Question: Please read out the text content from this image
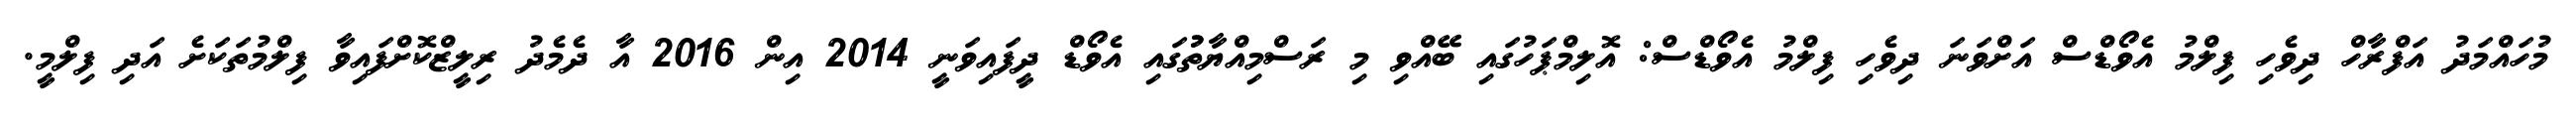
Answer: މުހައްމަދު އަފްރާހް ދިވެހި ފިލްމު އެވޯޑްސް އަށްވަނަ ދިވެހި ފިލްމު އެވޯޑްސް: އޮލިމްޕަހުގައި ބޭއްވި މި ރަސްމިއްޔާތުުގައި އެވޯޑް ދީފައިވަނީ 2014 އިން 2016 އާ ދެމެދު ރިލީޒްކޮށްފައިވާ ފިލްމުތަކަށެ އަދި ފިލްމީ.